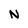
Character: N